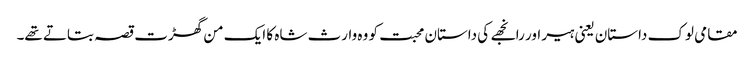
مقامی لوک داستان یعنی ہیر اور رانجھے کی داستان محبت کو وہ وارث شاہ کا ایک من گھڑت قصہ بتاتے تھے۔